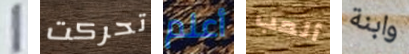
1 تحركت أعلم ألعب وابنة